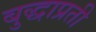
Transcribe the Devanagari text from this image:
बुद्धाप्रती